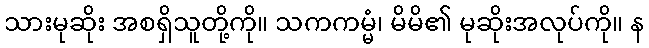
သားမုဆိုး အစရှိသူတို့ကို။ သကကမ္မံ၊ မိမိ၏ မုဆိုးအလုပ်ကို။ န